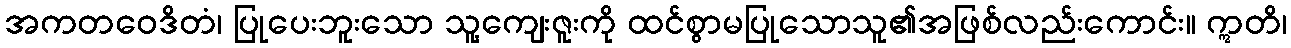
အကတဝေဒိတံ၊ ပြုပေးဘူးသော သူ့ကျေးဇူးကို ထင်စွာမပြုသောသူ၏အဖြစ်လည်းကောင်း။ ဣတိ၊